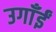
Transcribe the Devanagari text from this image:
उगाँईं